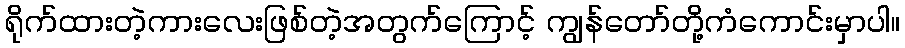
ရိုက်ထားတဲ့ကားလေးဖြစ်တဲ့အတွက်ကြောင့် ကျွန်တော်တို့ကံကောင်းမှာပါ။